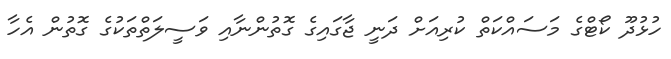
ހުޅުދޫ ކޯޓްގެ މަސައްކަތް ކުރިއަށް ދަނީ ޖާގައިގެ ގޮތުންނާއި ވަސީލަތްތަކުގެ ގޮތުން އެހާ